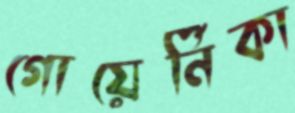
গোয়ের্নিকা